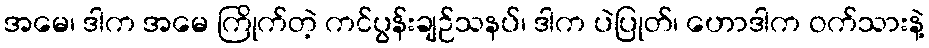
အမေ၊ ဒါက အမေ ကြိုက်တဲ့ ကင်ပွန်းချဉ်သနပ်၊ ဒါက ပဲပြုတ်၊ ဟောဒါက ဝက်သားနဲ့